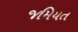
જમિયત